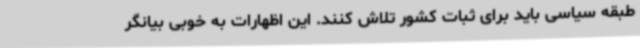
طبقه سیاسی باید برای ثبات کشور تلاش کنند. این اظهارات به خوبی بیانگر